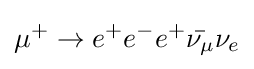
\mu ^{+}\to e^{+}e^{-}e^{+}{\bar {\nu _{\mu }}}\nu _{e}